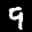
Digit: 9